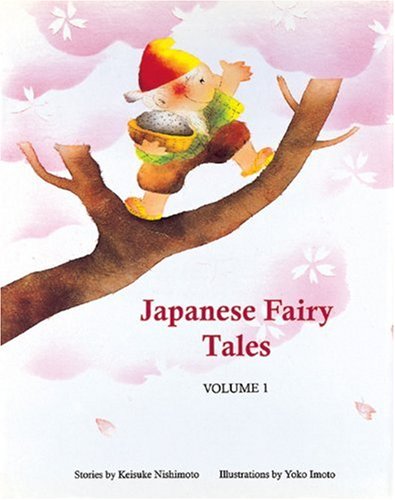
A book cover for Japanese Fairy Tales Vol. 1 (Japanese Fairy Tales (Numbered)); Keisuke Nishimoto; Children's Books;